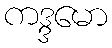
ကဒ္ဒမော